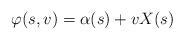
LaTeX: \begin{align*}\varphi (s,v)=\alpha (s)+vX(s) \end{align*}